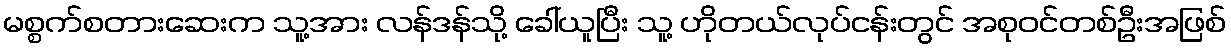
မစ္စက်စတားဆေးက သူ့အား လန်ဒန်သို့ ခေါ်ယူပြီး သူ့ ဟိုတယ်လုပ်ငန်းတွင် အစုဝင်တစ်ဦးအဖြစ်